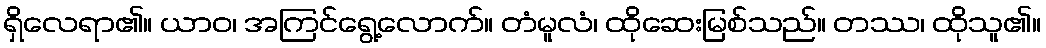
ရှိလေရာ၏။ ယာဝ၊ အကြင်ရွေ့လောက်။ တံမူလံ၊ ထိုဆေးမြစ်သည်။ တဿ၊ ထိုသူ၏။